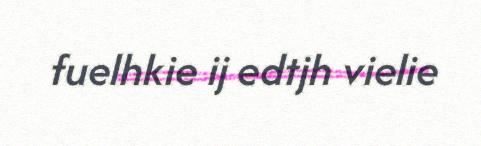
fuelhkie ij edtjh vielie